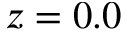
z = 0 . 0